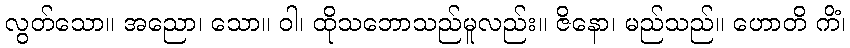
လွတ်သော။ အညော၊ သော။ ဝါ၊ ထိုသဘောသည်မူလည်း။ ဇိနော၊ မည်သည်။ ဟောတိ ကိံ၊